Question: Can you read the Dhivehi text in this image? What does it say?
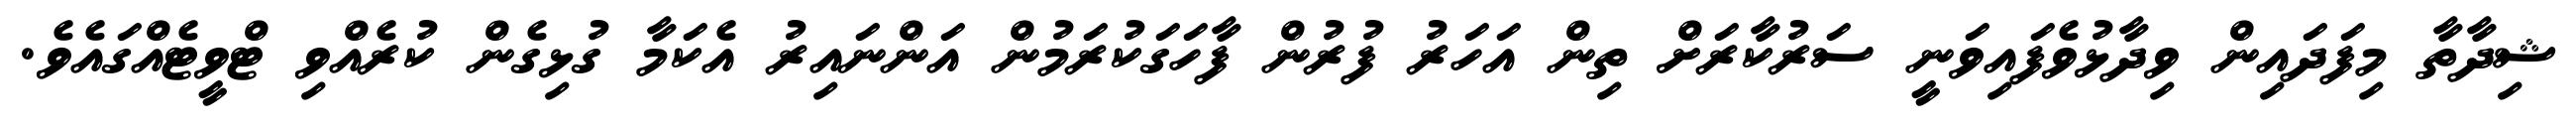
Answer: ޝިދާތާ މިފަދައިން ވިދާޅުވެފައިވަނީ ސަރުކާރަށް ތިން އަހަރު ފުރުން ފާހަގަކުރަމުން އަންނައިރު އެކަމާ ގުޅިގެން ކުރެއްވި ޓްވީޓެއްގައެވެ.